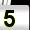
Digit: 5